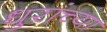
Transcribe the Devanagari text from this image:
धुरांच्या